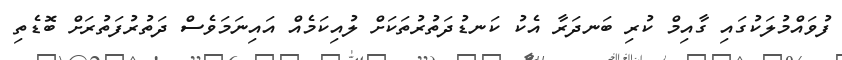
ފުވައްމުލަކުގައި ގާއިމް ކުރި ބަނދަރާ އެކު ކަނޑުދަތުރުތަކަށް ލުއިކަމެއް އައިނަމަވެސް ދަތުރުފަތުރަށް ބޮޑެތި